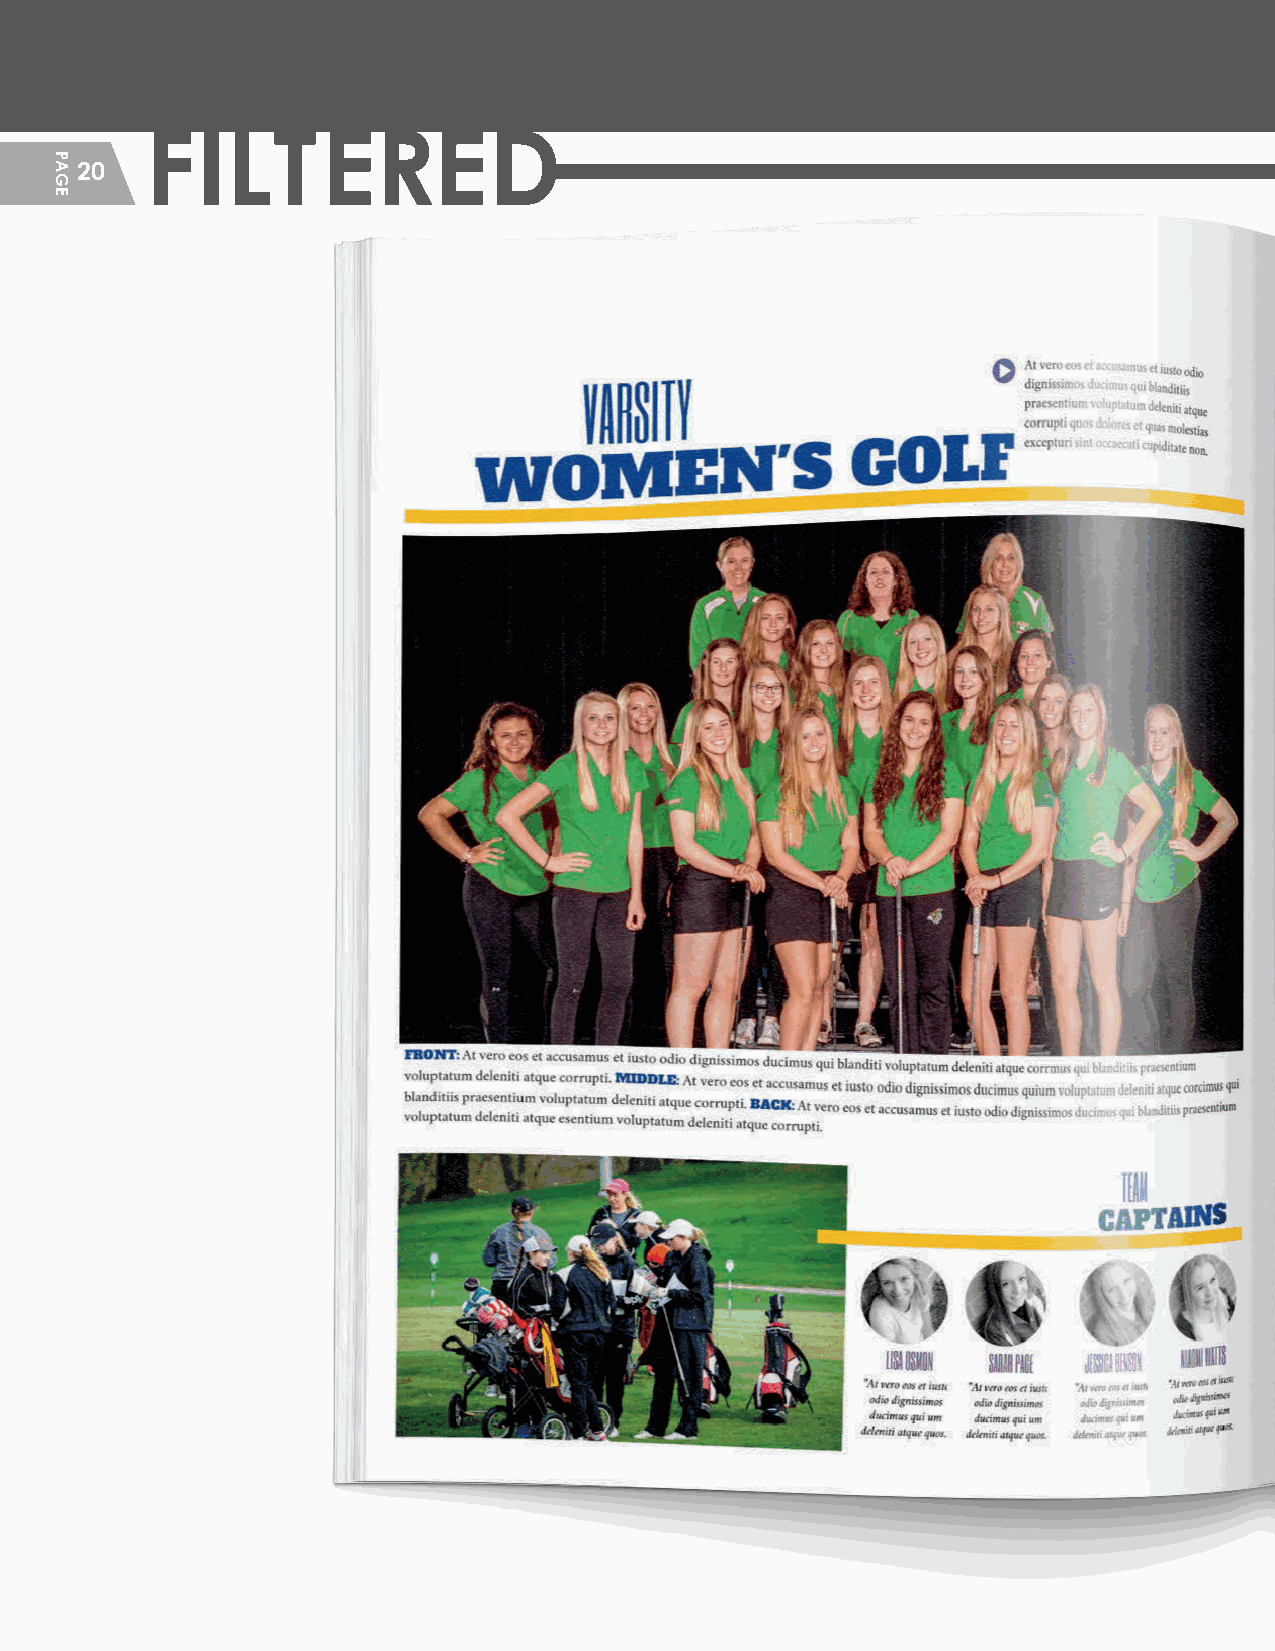
FILTERED
 20
 HHSS__CCrreeaattiivvee__GGuuiiddeePPFF__MMSS..iinndddd 2200                 22//55//2200 1122::1133 PPMM
 PAGE